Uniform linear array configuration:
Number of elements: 16
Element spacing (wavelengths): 0.75
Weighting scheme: binomial
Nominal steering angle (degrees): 60
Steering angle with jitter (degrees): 60.39
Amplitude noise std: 0.05
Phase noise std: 0.05

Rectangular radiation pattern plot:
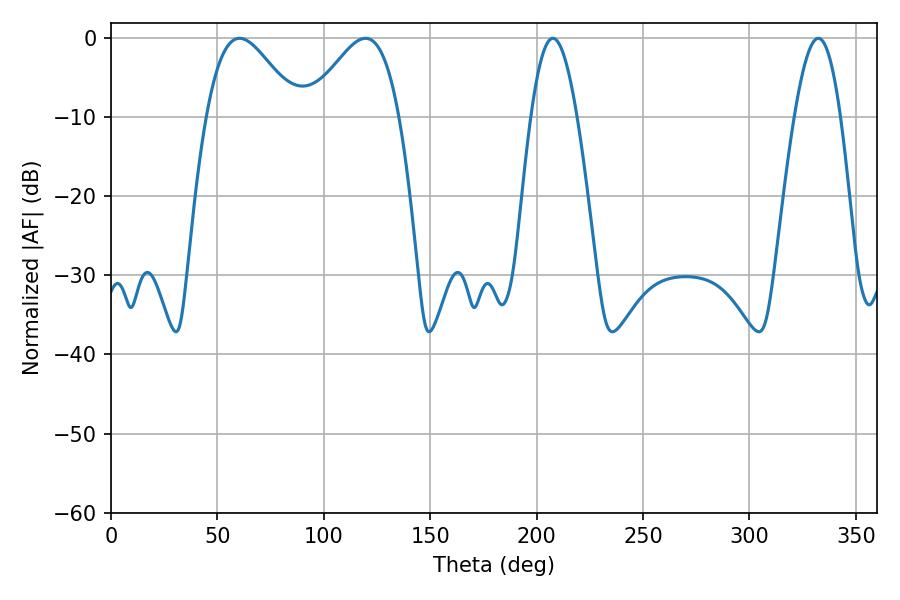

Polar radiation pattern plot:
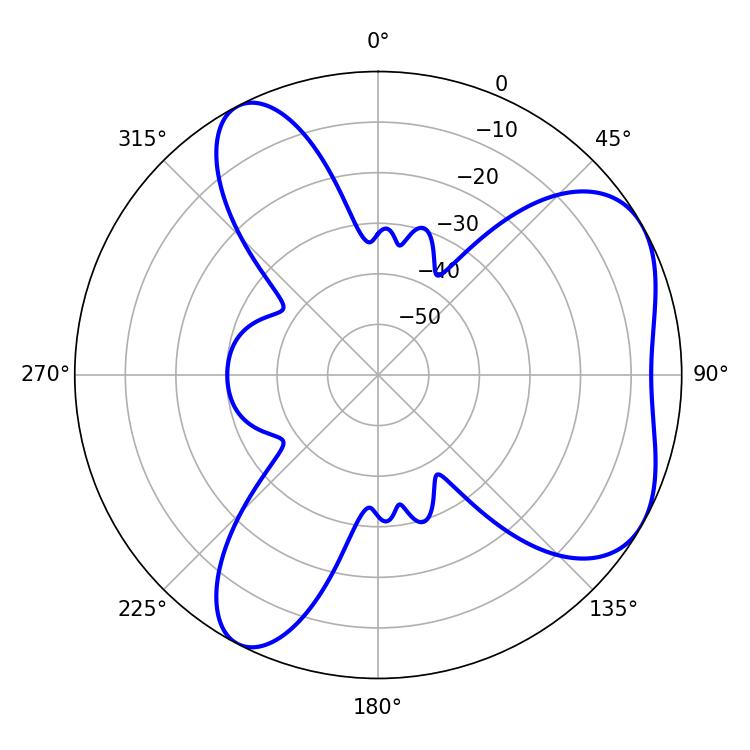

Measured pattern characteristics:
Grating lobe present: TRUE
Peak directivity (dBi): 5.329
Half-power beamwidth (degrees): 22.86
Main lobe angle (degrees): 60.48